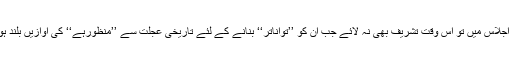
سینٹ کے اجلاس میں تو اس وقت تشریف بھی نہ لائے جب ان کو ’’تواناتر‘‘ بنانے کے لئے تاریخی عجلت سے ’’منظورہے‘‘ کی آوازیں بلند ہورہی تھیں۔